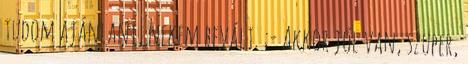
tudom ajánlani, nekem bevált. ;- Akkor jól van, szuper,